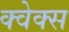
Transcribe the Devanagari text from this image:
क्वेक्स